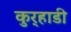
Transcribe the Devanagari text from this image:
कुर्‍हाडी